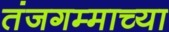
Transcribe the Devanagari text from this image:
तंजगम्माच्या